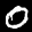
Label: 0